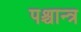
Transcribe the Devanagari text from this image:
पश्चान्त्र